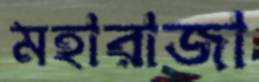
মহারাজা